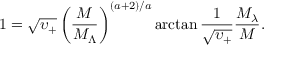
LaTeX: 1 = \sqrt { \upsilon _ { + } } \left( \frac { M } { M _ { \Lambda } } \right) ^ { ( a + 2 ) / a } \arctan \frac { 1 } { \sqrt { \upsilon _ { + } } } \frac { M _ { \lambda } } { M } .